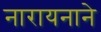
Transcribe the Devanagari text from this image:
नारायनाने